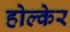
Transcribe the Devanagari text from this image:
होल्केर